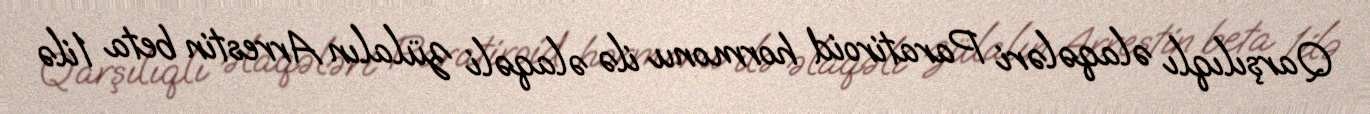
Qarşılıqlı əlaqələri Paratiroid hormonu ilə əlaqəli zülalın Arrestin beta 1ilə